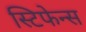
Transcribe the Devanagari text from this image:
स्टिफेन्स